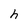
Character: e